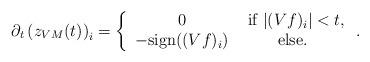
\begin{align*}\partial_t \left(z_{VM}(t)\right)_i = \left \{ \begin{array}{cc} 0 & \textnormal{ if } |(Vf)_i|<t, \\ -\textnormal{sign}((Vf)_i)& \textnormal{ else. } \end{array} \right. .\end{align*}